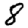
Digit: 8